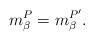
LaTeX: \begin{align*}m^P_\beta = m^{P'}_\beta.\end{align*}